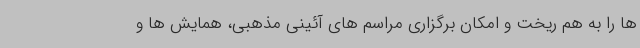
ها را به هم ریخت و امکان برگزاری مراسم های آئینی مذهبی، همایش ها و